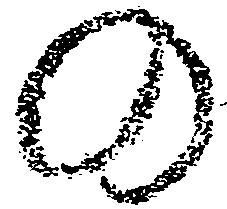
の